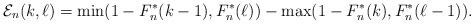
LaTeX: \begin{align*}\mathcal{E}_n(k, \ell) = \min(1 - F_n^\ast(k - 1), F_n^\ast(\ell)) - \max(1 - F_n^\ast(k), F_n^\ast(\ell - 1)).\end{align*}